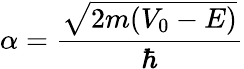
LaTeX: \alpha={\frac{\sqrt{2m(V_{0}-E)}}{\hbar}}